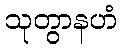
သုတွာနဟံ